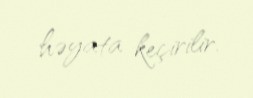
həyata keçirilir.